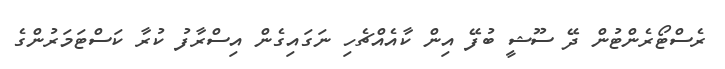
ރެސްޓޯރެންޓުން ދޭ ސޫޝީ ބުފޭ އިން ކާއެއްޗެހި ނަގައިގެން އިސްރާފު ކުރާ ކަސްޓަމަރުންގެ